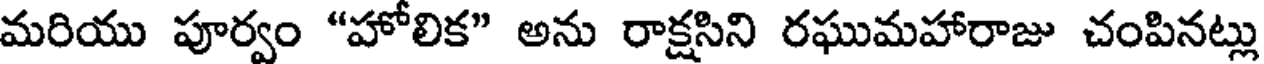
మరియు పూర్వం "హోలిక" అను రాక్షసిని రఘుమహారాజు చంపినట్లు